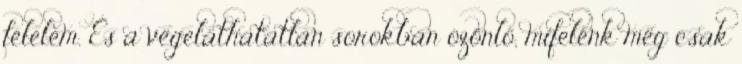
félelem. És a végeláthatatlan sorokban özönlő, mifelénk még csak